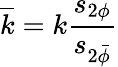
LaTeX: \overline{{k}}=k\frac{s_{2\phi}}{s_{2\bar{\phi}}}